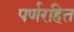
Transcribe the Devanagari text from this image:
पर्णरहित